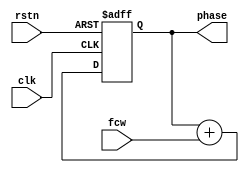
`timescale 1ns / 1ps
//////////////////////////////////////////////////////////////////////////////////
// Company: 
// Engineer: 
// 
// Design Name: 
// Module Name: ACC
// Project Name: 
// Target Devices: 
// Tool Versions: 
// Description: 
// 
// Dependencies: 
// 
// Revision:
// Revision 0.01 - File Created
// Additional Comments:
// 
//////////////////////////////////////////////////////////////////////////////////


module ACC(
input clk,
input[31:0] fcw,
input rstn,
output[31:0] phase
    );
    reg [31:0] cnt;
    assign phase = cnt;

    always@(posedge clk or negedge rstn)
    if(!rstn)
        cnt <= 0;
    else cnt <= cnt + fcw;
    
endmodule